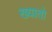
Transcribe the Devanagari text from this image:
ख्यातो